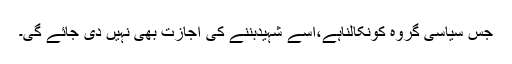
جس سیاسی گروہ کونکالناہے،اسے شہیدبننے کی اجازت بھی نہیں دی جائے گی۔